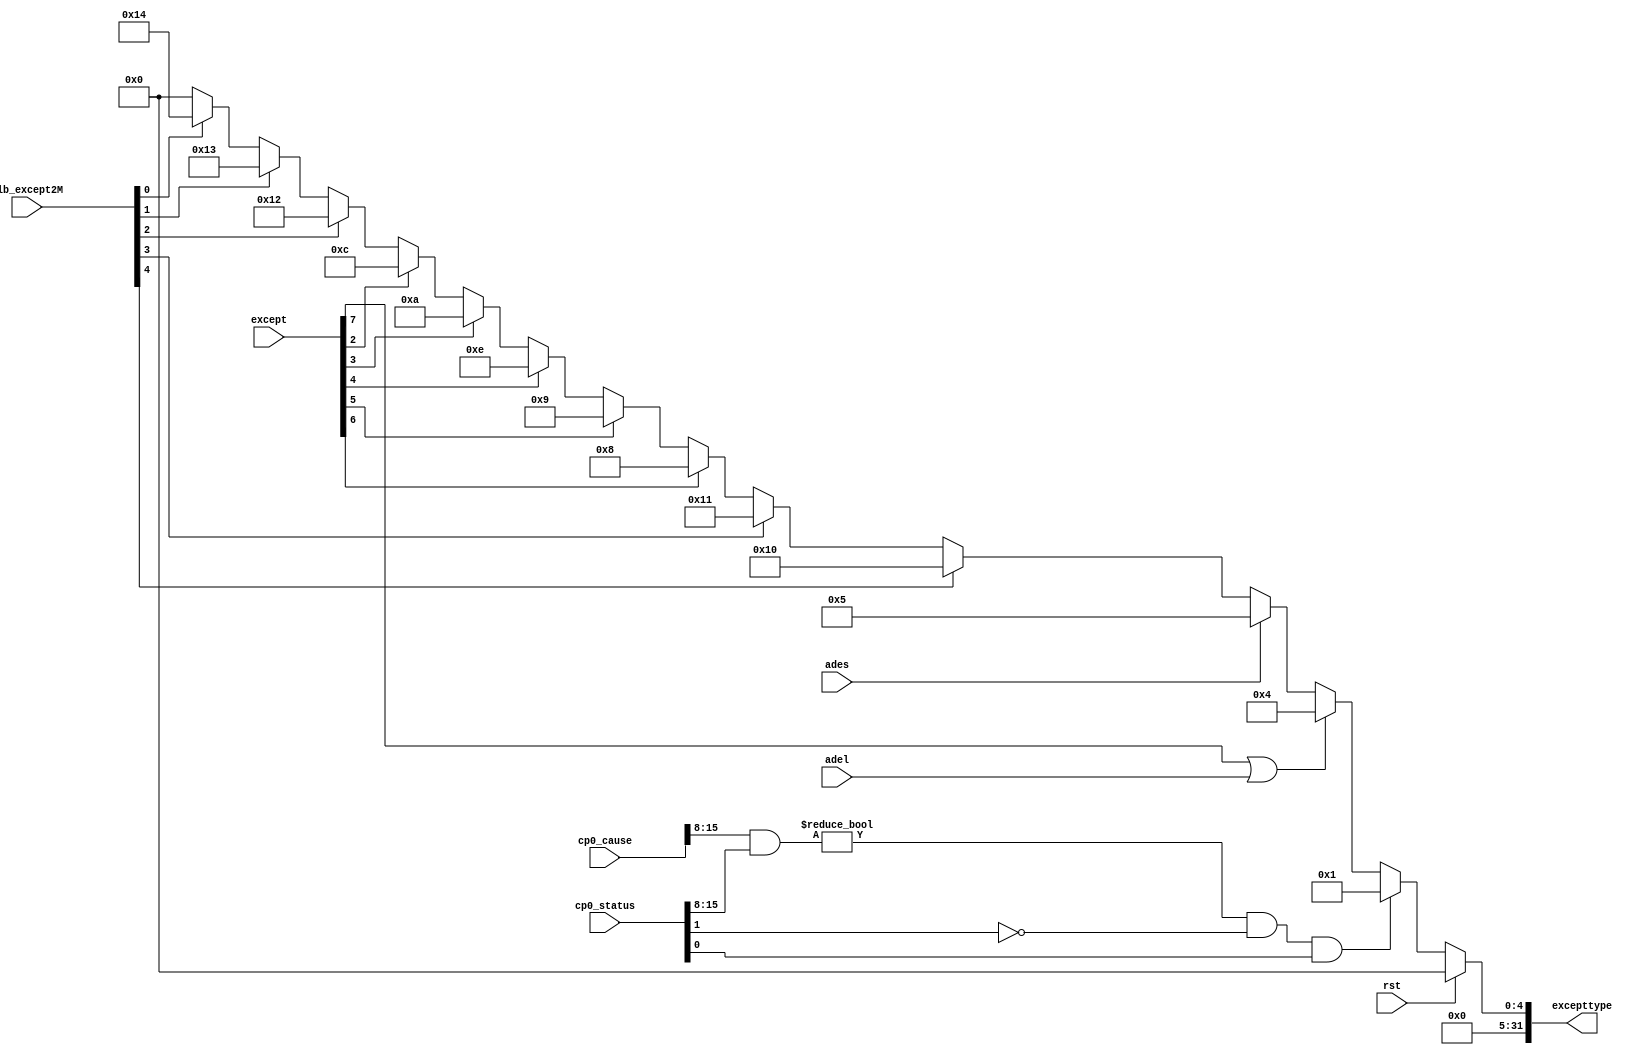
`timescale 1ns / 1ps
//exception https://github.com/14010007517/My_Design/blob/master/my_design_tlb/%E6%96%B0%E5%BB%BA%E6%96%87%E4%BB%B6%E5%A4%B9/func_test_v0.02/soc_axi_func/rtl/myCPU/exception.v
module exception(
	input wire rst,
	input wire[7:0] except,
	input wire[4:0] tlb_except2M,
	input wire adel,ades,
	input wire[31:0] cp0_status,cp0_cause,
	output reg[31:0] excepttype
    );

	always @(*) begin
		if(rst) begin
			/* code */
			excepttype <= 32'b0;
		end else begin 
			excepttype <= 32'b0;
			if(((cp0_cause[15:8] & cp0_status[15:8]) != 8'h00) &&
				 	(cp0_status[1] == 1'b0) && (cp0_status[0] == 1'b1)) begin
				/* code */
				excepttype <= 32'h00000001;
			end else if(except[7] == 1'b1 || adel) begin
				/*  */
				excepttype <= 32'h00000004;
			end else if(ades) begin
				/*  */
				excepttype <= 32'h00000005;
			end else if(tlb_except2M[4] == 1'b1) begin
				/* inst_tlb_refill_fault */
				excepttype <= 32'h00000010;
			end else if(tlb_except2M[3] == 1'b1) begin
				/* inst_tlb_invalid_fault */
				excepttype <= 32'h00000011;	
			//
			end else if(except[6] == 1'b1) begin
				/* _sys */
				excepttype <= 32'h00000008;
			end else if(except[5] == 1'b1) begin
				/* _break */
				excepttype <= 32'h00000009;
			end else if(except[4] == 1'b1) begin
				/* _eret */
				excepttype <= 32'h0000000e;
			end else if(except[3] == 1'b1) begin
				/* _invalid */
				excepttype <= 32'h0000000a;
			end else if(except[2] == 1'b1) begin
				/* ov */
				excepttype <= 32'h0000000c;
			end else if(tlb_except2M[2] == 1'b1) begin
				/* inst_tlb_invalid_fault */
				excepttype <= 32'h00000012;
			end else if(tlb_except2M[1] == 1'b1) begin
				/* inst_tlb_invalid_fault */
				excepttype <= 32'h00000013;
			end else if(tlb_except2M[0] == 1'b1) begin
				/* inst_tlb_invalid_fault */
				excepttype <= 32'h00000014;
		end
	end
	end
	
endmodule